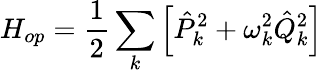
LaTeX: H_{op}=\frac{1}{2}\sum_{k}\left[\hat{P}_{k}^{2}+\omega_{k}^{2}\hat{Q}_{k}^{2}\right]